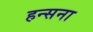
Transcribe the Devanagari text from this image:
हन्सना